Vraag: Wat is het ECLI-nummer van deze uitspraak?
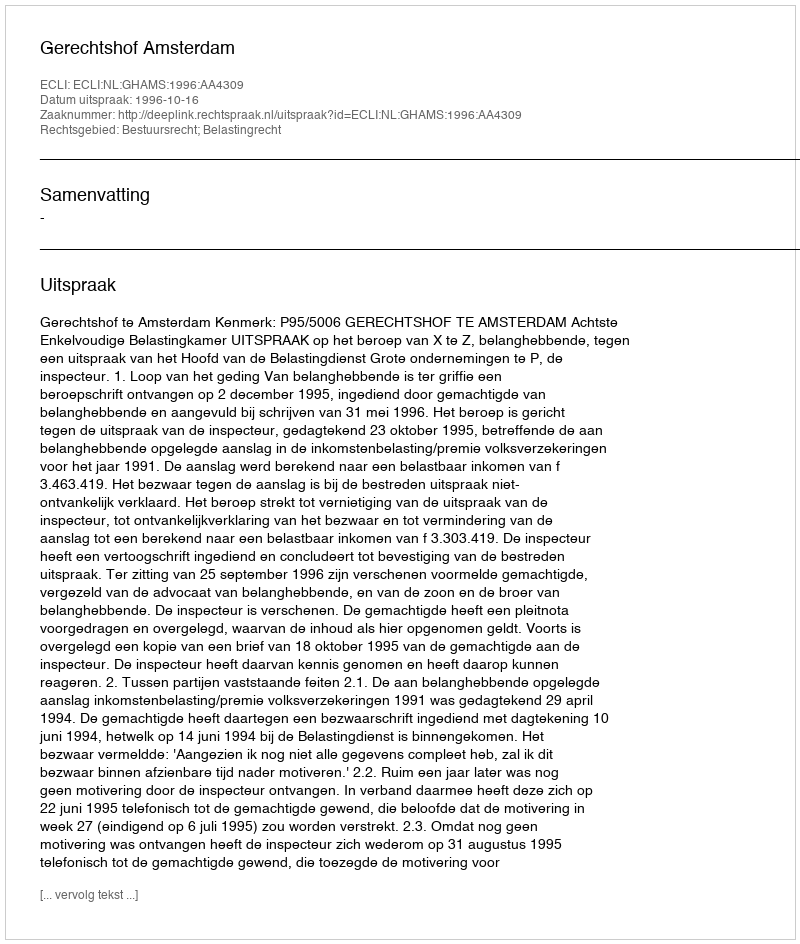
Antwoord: ECLI:NL:GHAMS:1996:AA4309